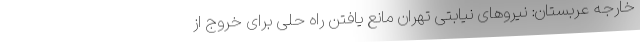
خارجه عربستان: نیروهای نیابتی تهران مانع یافتن راه حلی برای خروج از